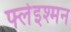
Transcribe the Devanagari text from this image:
फ्लेइश्मन